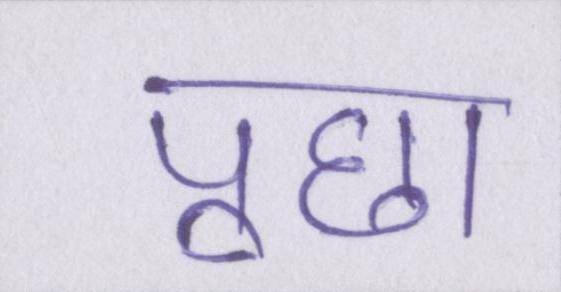
पूछा